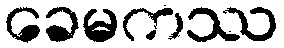
ခေမကဿ